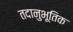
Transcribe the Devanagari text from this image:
तदानुभूतिक